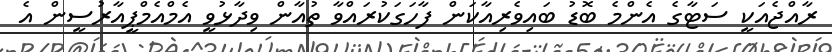
ރާއްޖެއަކީ ސަޓާގެ އެންމެ ބޮޑު ބައިވެރިއާކަން ފާހަގަކުރައްވާ ތުއާން ވިދާޅުވީ އެމްއެމްޕީއާރުސީން އެ